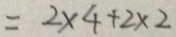
= 2 \times 4 + 2 \times 2